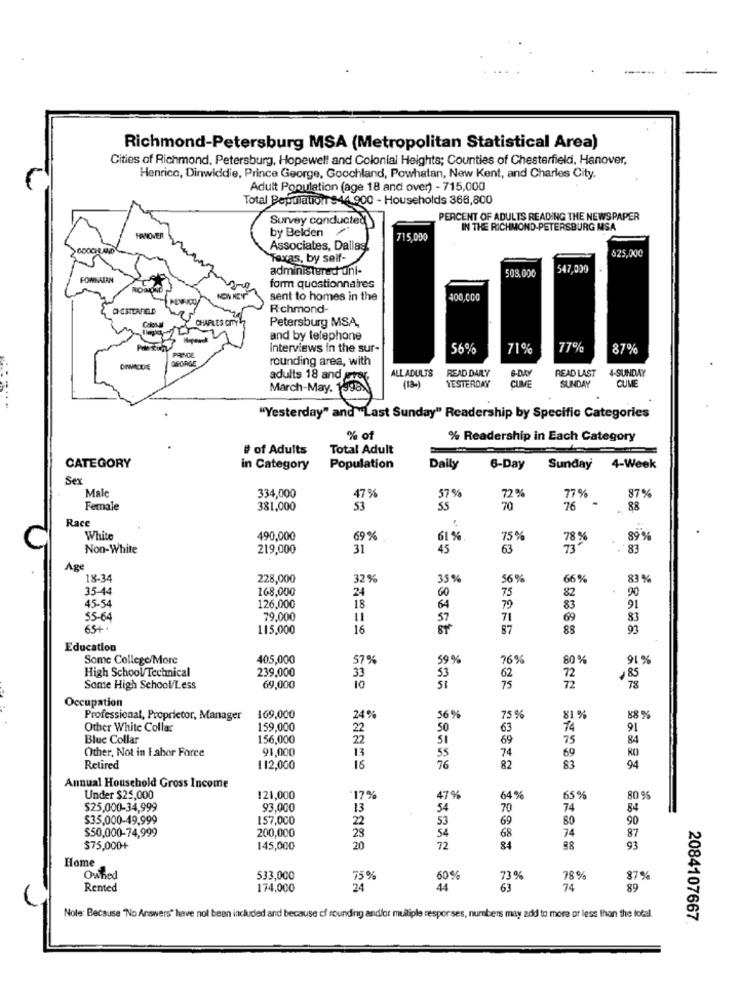
Richmond-Petersburg MSA (Metropolitan Statistical Area)
Cities of Richmond. Petersburg, Hopewell and Colonial Heights; Counties of Chesterfield, Hanover,
Henrico, Dinwiddie, Prince George, Goochland, Powhatan, New Kent, and Charles City.
Adult Population (age 18 and oven) - 715,000
Total Populationr $44 900 - Households 366,800
Survey conducted)
PERCENT OF ADULTS READING THE NEWSPAPER
IN THE RICHMOND-PETERSBURG MSA
by Belden
715,000
Associates, Dallas.
625,000
Texas, by self-
administered uni-
508.000
547,000
FOWNAIRN
form questionnaires
sent to homes in the
400,000
CHESTERFIELD
Richmond-
CHARLES CITY
Petersburg MSA,
and by telephone
PRIVDE
Interviews in the sur-
56%
71%
77%
87%
rounding area, with
ALLADULTS
READ DAILY
READ LAST
4-SUNDAY
adults 18 and grok.
B-DAY
March-May. 1998
(18-)
YESTERDAY
SUNDAY
CUME
"Yesterday" and "Last Sunday" Readership by Specific Categories
% of
% Readership in Each Category
# of Adults
Total Adult
CATEGORY
in Category
Population
Daily
6-Day
Sunday
4-Week
Sex
334,000
87%
Male
47%
57 %
72 %
77%
Female
381,000
53
SS
70
76
88
Race
White
490,000
69%
61 %
75%
78 %
89 %
Non-White
219,000
31
45
63
73
83
Age
18-34
228,000
32%
35%
56 %
66%
83 %
35-44
168,000
24
60
75
82
90
45-54
126,000
18
64
79
83
91
55-64
79,000
11
71
69
83
65+
115,000
16
87
88
Education
Some College/More
405,000
57%
59 %
76%
80%
91 %
High School/Technical
239,000
72
33
53
62
,85
78
Some High School/Less
69,000
10
75
72
Occupation
Professional, Proprietor, Manager
169,000
24%
56%
75%
81%
88 %
Other White Collar
159,000
22
50
63
74
91
Blue Collar
156,000
22
69
75
84
Other, Not in Labor Force
91,000
13
55
74
69
RO
76
94
Retired
112,000
18
82
83
Annual Household Gross Income
47%
Under $25,000
121,000
-17%
64 %
65%
80 %
$25,000-34,999
93,000
13
54
70
74
84
$35,000-49,999
157,000
53
69
80
90
$50,000-74,999
200,000
22
54
74
28
72
68
87
$75,000+
145,000
20
84
88
93
Home
Owned
533,000
75%
60%
73 %
78%
87%
Rented
174,000
24
44
63
74
89
Note: Because "No Answers" have not been included and because of rounding and/or multiple respor ses, numbers may add to more or less than the lotal.
2084107667.